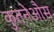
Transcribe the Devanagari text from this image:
कुतनेऔस